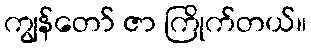
ကျွန်တော် ဇာ ကြိုက်တယ်။